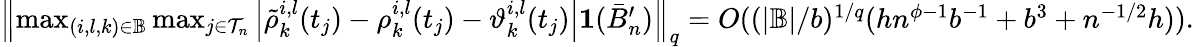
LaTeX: \begin{array}{r}{\left\| \operatorname*{max}_{(i,l,k)\in\mathbb{B}}\operatorname*{max}_{j\in\mathcal{T}_{n}}\left|\tilde{\rho}_{k}^{i,l}(t_{j})-\rho_{k}^{i,l}(t_{j})-\vartheta_{k}^{i,l}(t_{j})\right|\mathbf 1(\bar{B}_{n}^{\prime})\right\| _{q}=O((|\mathbb{B}|/b)^{1/q}(hn^{\phi-1}b^{-1}+b^{3}+n^{-1/2}h)).}\end{array}